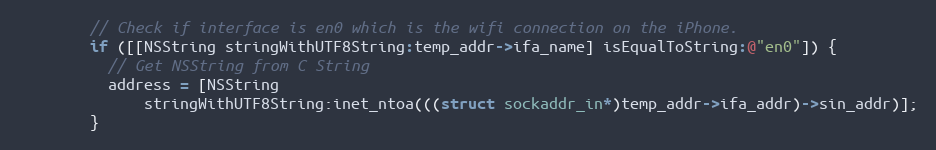
Language: C
        // Check if interface is en0 which is the wifi connection on the iPhone.
        if ([[NSString stringWithUTF8String:temp_addr->ifa_name] isEqualToString:@"en0"]) {
          // Get NSString from C String
          address = [NSString
              stringWithUTF8String:inet_ntoa(((struct sockaddr_in*)temp_addr->ifa_addr)->sin_addr)];
        }